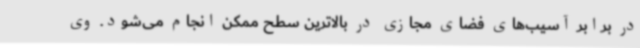
در برابر آسیب‌های فضای مجازی در بالاترین سطح ممکن انجام می‌شود. وی